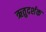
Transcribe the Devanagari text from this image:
ऋतुदर्शक